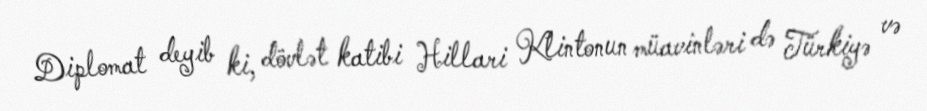
Diplomat deyib ki, dövlət katibi Hillari Klintonun müavinləri də Türkiyə və